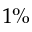
1 \%